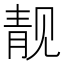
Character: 靓